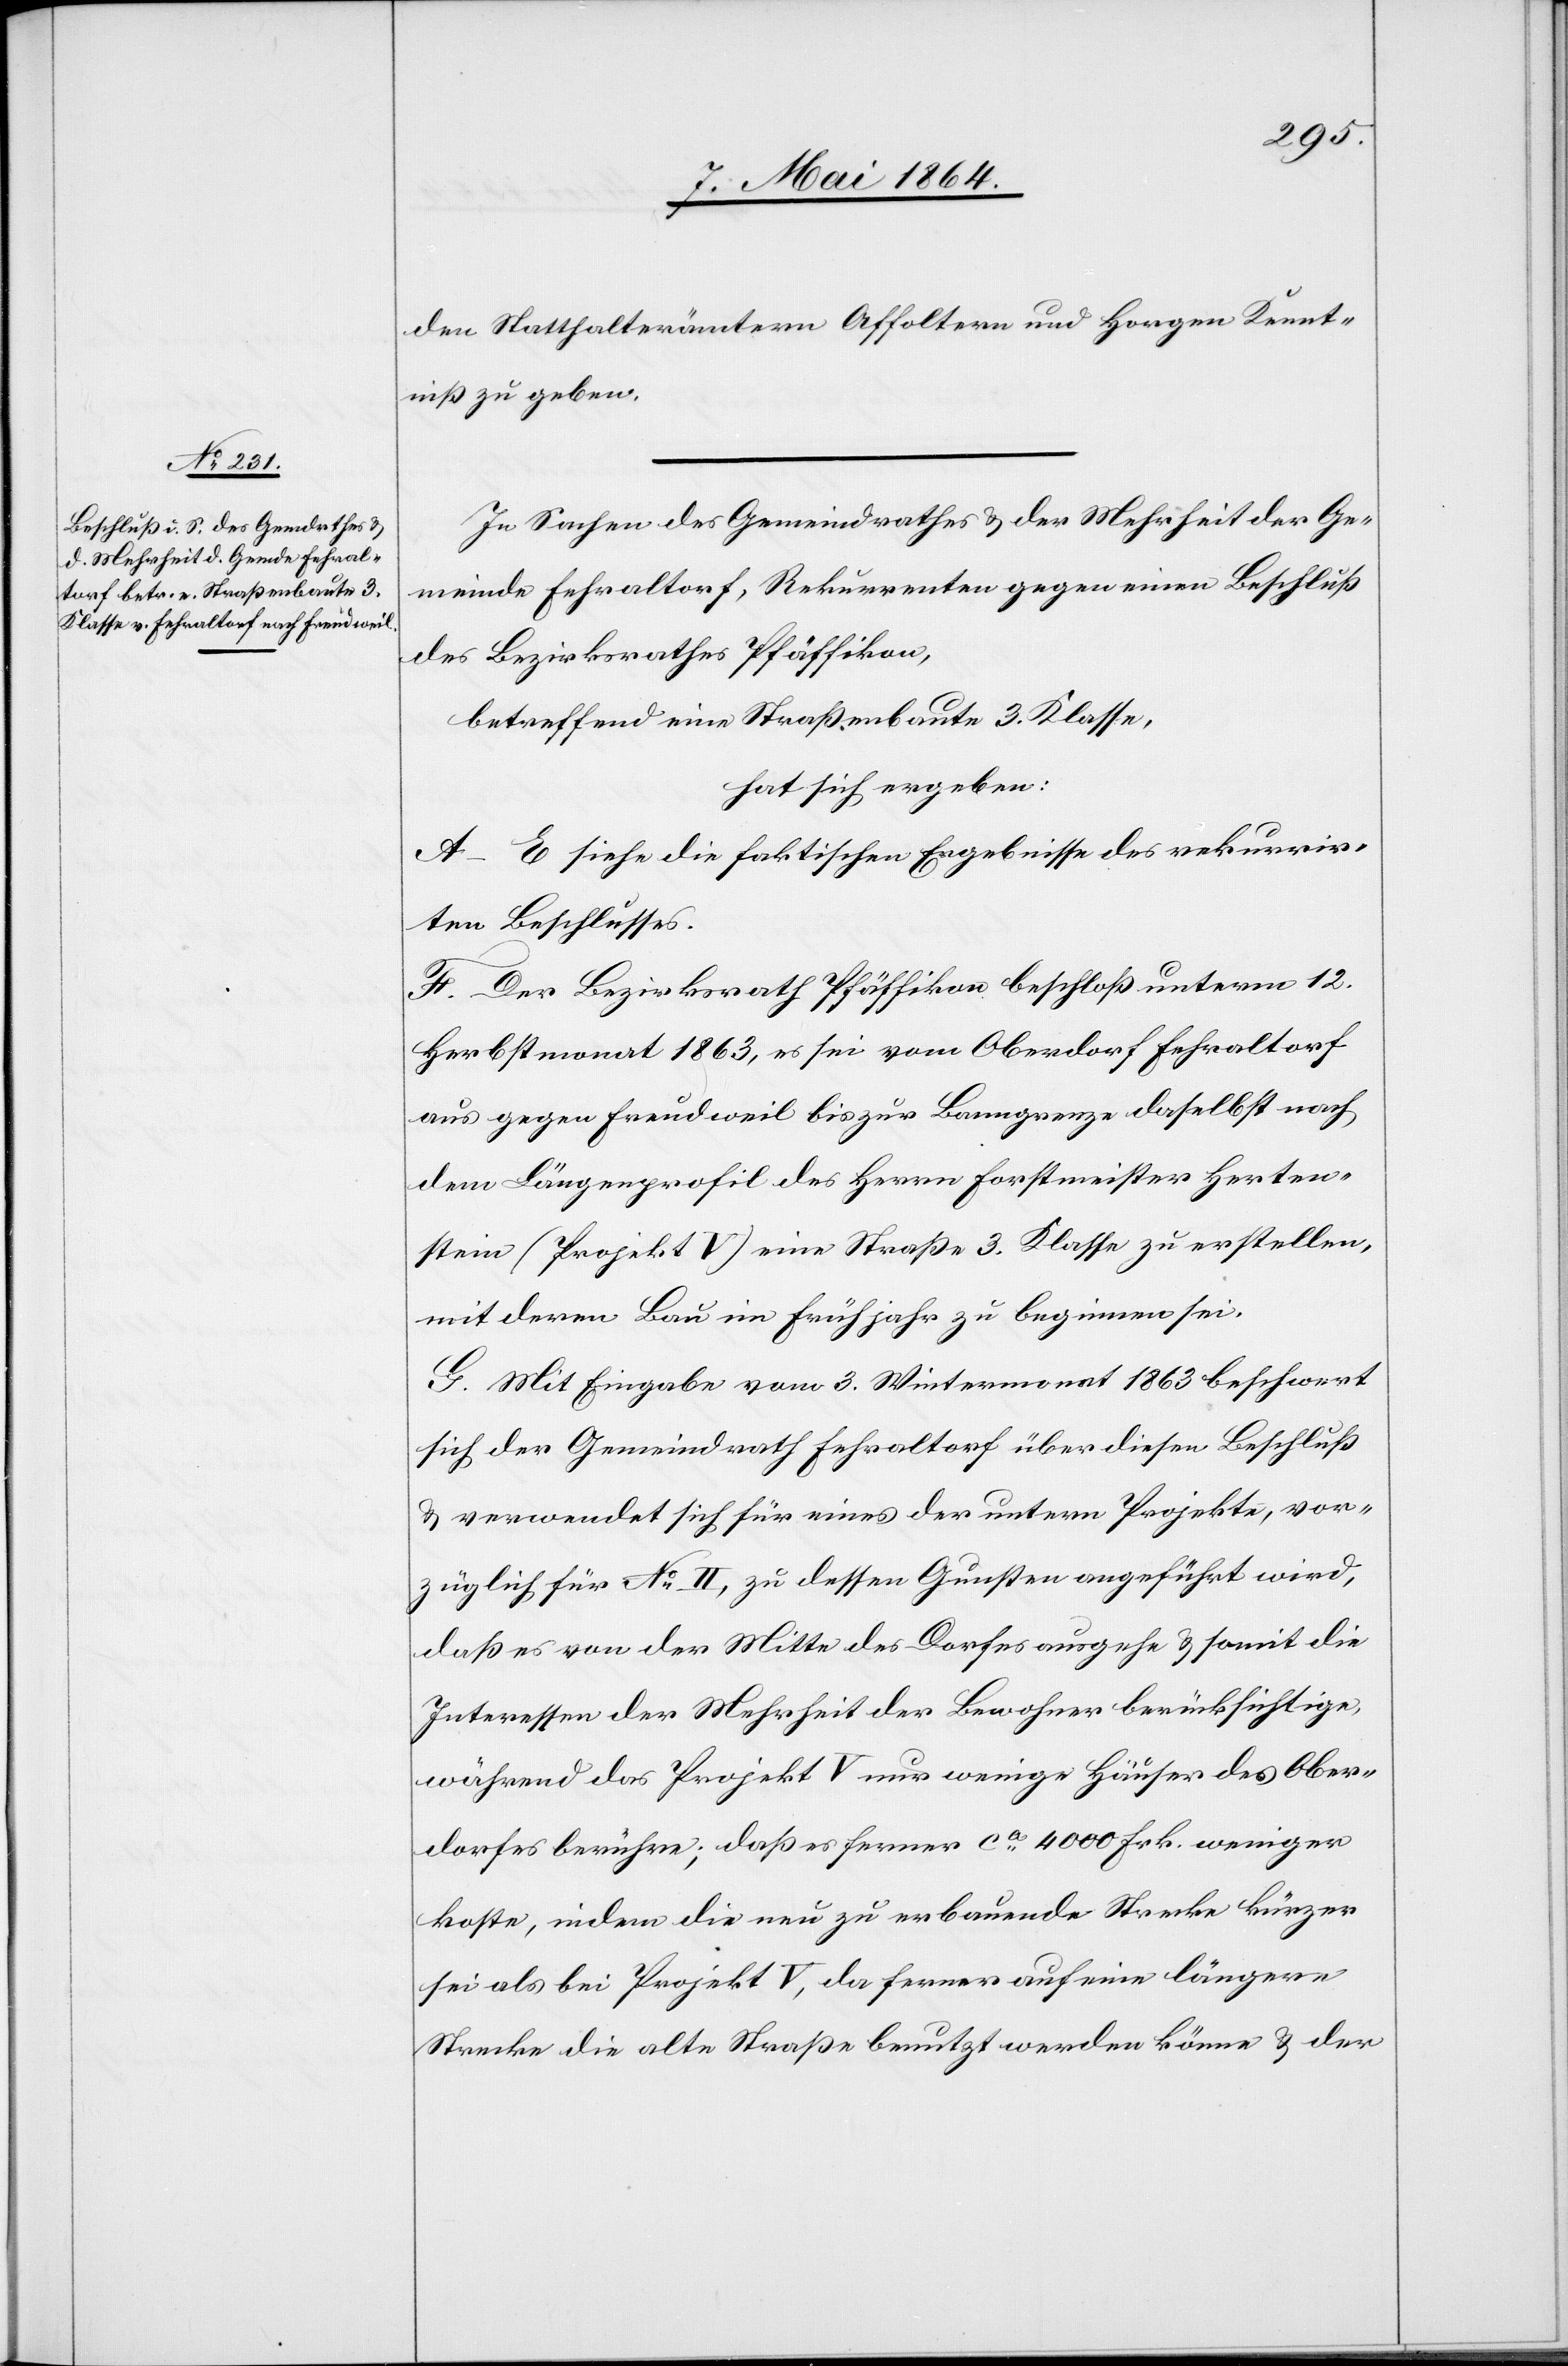
den Statthalterämtern Affoltern und Horgen Kennt¬
niß zu geben.
In Sachen des Gemeindrathes u. der Mehrheit der Ge¬
meinde Fehraltorf, Rekurrenten gegen einen Beschluß
des Bezirksrathes Pfäffikon,
betreffend eine Straßenbaute 3. Klasse,
hat sich ergeben:
A–E siehe die faktischen Ergebnisse des rekurrir¬
ten Beschlusses.
F. Der Bezirksrath Pfäffikon beschloß unterm 12.
Herbstmonat 1863, es sei vom Oberdorf Fehraltorf
aus gegen Freudweil bis zur Banngrenze daselbst nach
dem Längenprofil des Herrn Forstmeister Herten¬
stein (Projekt V) eine Straße 3. Klasse zu erstellen,
mit deren Bau im Frühjahr zu beginnen sei.
G. Mit Eingabe vom 3. Wintermonat 1863 beschwert
sich der Gemeindrath Fehraltorf über diesen Beschluß
u. verwendet sich für eines der untern Projekte, vor¬
züglich für No II, zu dessen Gunsten angeführt wird,
daß es von der Mitte des Dorfes ausgehe u. somit die
Interessen der Mehrheit der Bewohner berücksichtige,
während das Projekt V nur wenige Häuser des Ober¬
dorfes berühre; daß es ferner ca 4000 Frk. weniger
koste, indem die neu zu erbauende Strecke kürzer
sei als bei Projekt V, da ferner auf eine längere
Strecke die alte Straße benutzt werden könne u. der